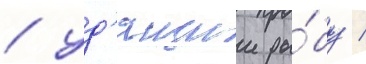
/ уд'ящии ры́бу /